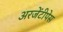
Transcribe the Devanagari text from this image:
अरजेंटीपेस